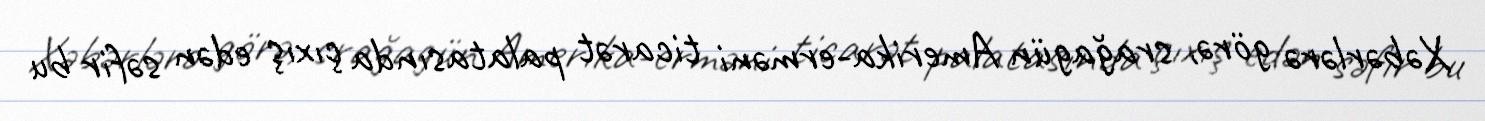
Xəbərlərə görə, srağagün Amerika-erməni ticarət palatasında çıxış edən səfir bu